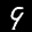
Label: 9